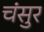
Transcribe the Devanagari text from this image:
चंसुर